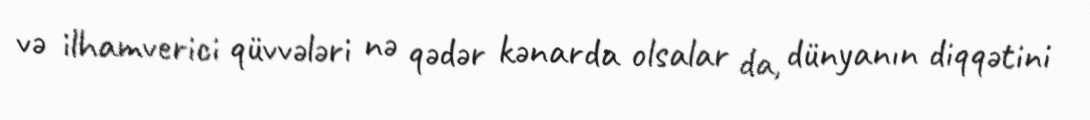
və ilhamverici qüvvələri nə qədər kənarda olsalar da, dünyanın diqqətini